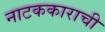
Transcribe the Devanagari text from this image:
नाटककाराची